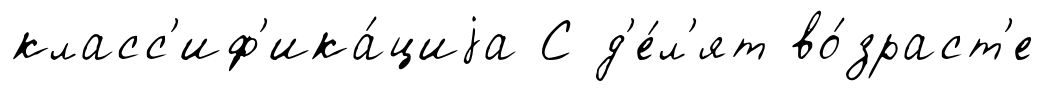
класс'иф'ика́циjа С д'е́л'ят во́зраст'е